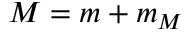
M = m + m _ { M }